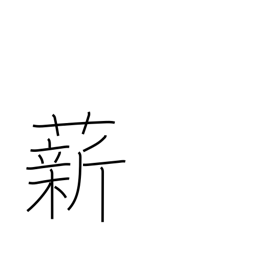
Meaning: fuel